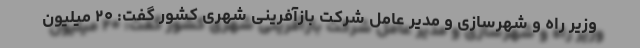
وزیر راه و شهرسازی و مدیر عامل شرکت بازآفرینی شهری کشور گفت: ۲۰ میلیون